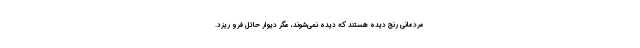
مردماني رنج ديده هستند كه ديده نمي‌شوند، مگر ديوارِ حائل فرو ريزد.